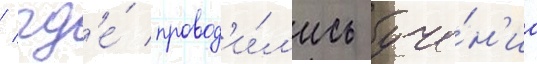
/ гд'е́ провод'и́л'ись уче́н'иа